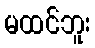
မထင်ဘူး